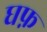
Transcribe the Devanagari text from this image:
घफ़